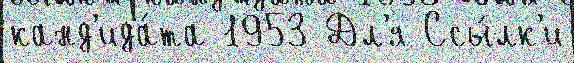
канд'ида́та 1953 Дл'я Ссы́лк'и